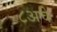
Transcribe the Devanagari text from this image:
८अचे